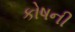
કોષની